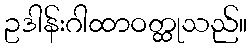
ဥဒါန်းဂါထာဝတ္ထုသည်။